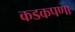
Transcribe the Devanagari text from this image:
कडकपणा